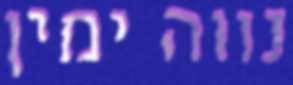
נווה ימין